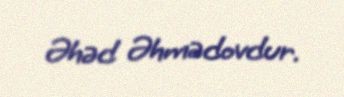
Əhəd Əhmədovdur.